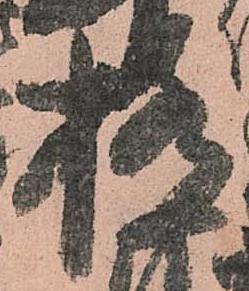
極